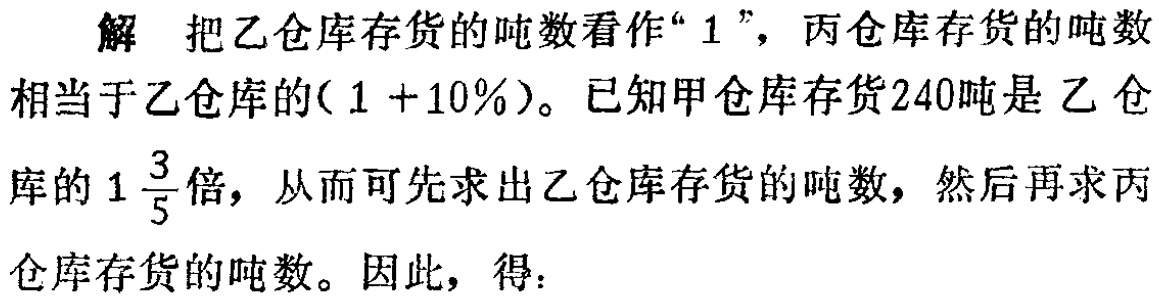
解 把乙仓库存货的吨数看作“$1$”，丙仓库存货的吨数相当于乙仓库的$(1 + 10\%)$。已知甲仓库存货240吨是 乙仓库的$1\frac{3}{5}$倍，从而可先求出乙仓库存货的吨数，然后再求丙仓库存货的吨数。因此，得：